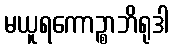
မယူရကောဉ္စာဘိရုဒါ